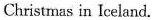
Christmas in Iceland.